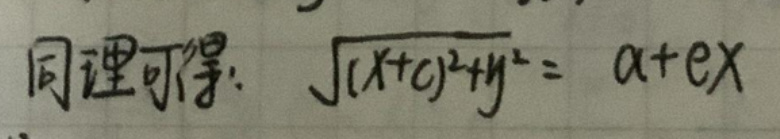
同理可得：\(\sqrt{(x + c)^2 + y^2}=a + ex\)